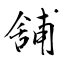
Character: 舖